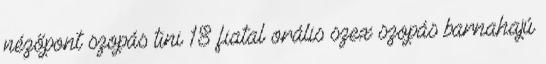
nézőpont szopás tini 18 fiatal orális szex szopás barnahajú